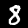
Digit: 8